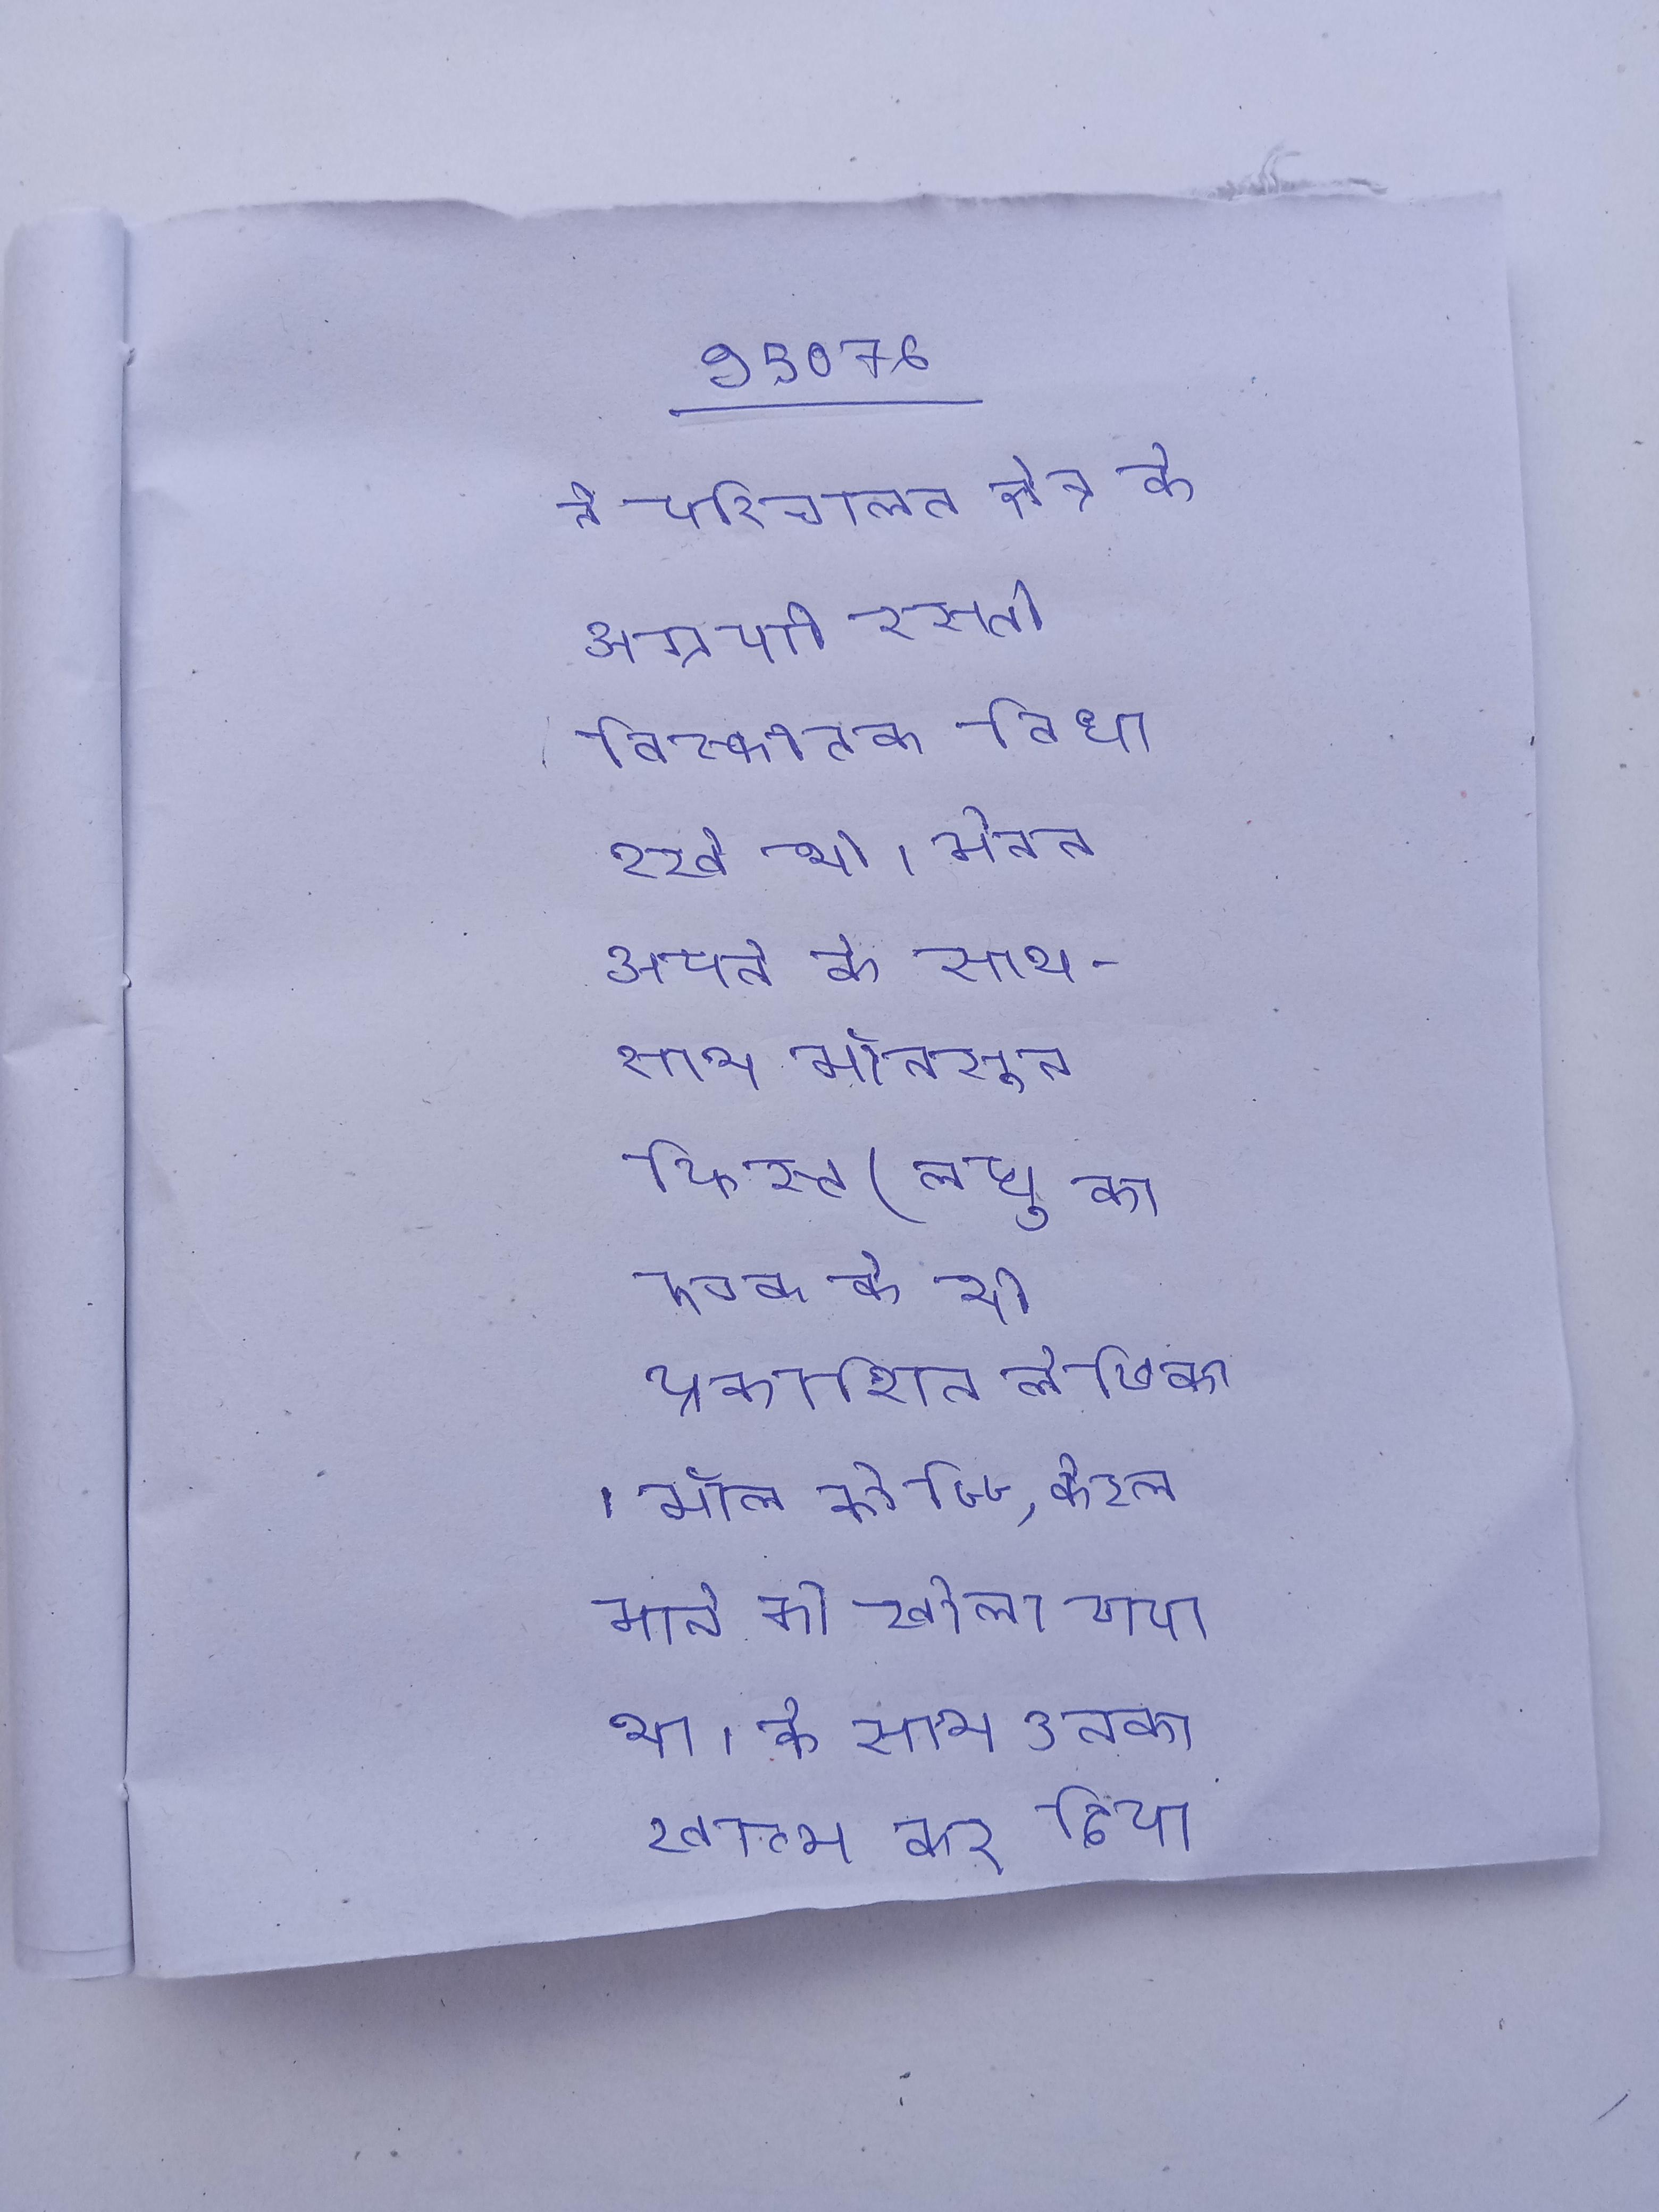
ने परिचालन क्षेत्र के अग्रणी रास्ते विस्फोटक बिछा रखे थे । मेनन अपने के साथ-साथ मॉनसून फिस्ट (लघु का एक के भी प्रकाशित लेखिका । मॉल कोच्चि, केरल मार्च को खोला गया था । के साथ उनका खत्म कर दिया गया, जिसके परिणामस्वरूप विवाद हुआ ।